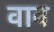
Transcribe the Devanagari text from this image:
वाब